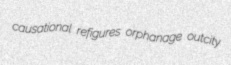
causational refigures orphanage outcity